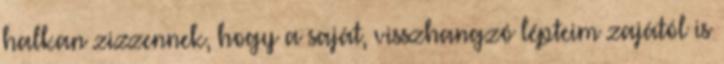
halkan zizzennek, hogy a saját, visszhangzó lépteim zajától is